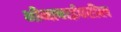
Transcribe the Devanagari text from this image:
भीमाबाईवरील